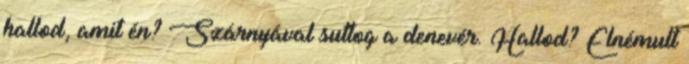
hallod, amit én? Szárnyával suttog a denevér. Hallod? Elnémult